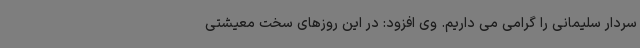
سردار سلیمانی را گرامی می داریم. وی افزود: در این روزهای سخت معیشتی